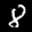
Label: 8